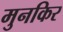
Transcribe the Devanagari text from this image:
मुनकिर